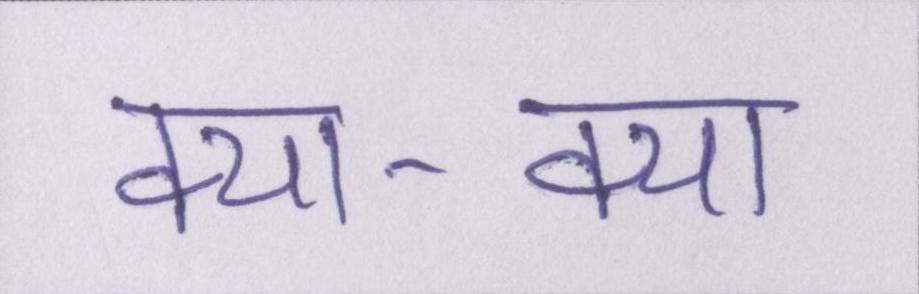
क्या-क्या